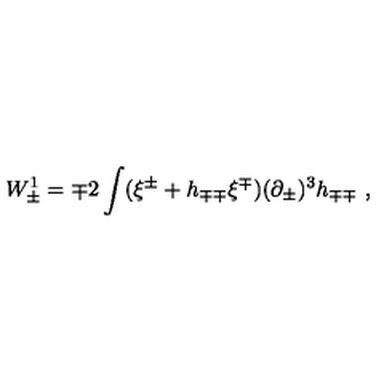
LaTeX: W _ { \pm } ^ { 1 } = \mp 2 \int ( \xi ^ { \pm } + h _ { \mp \mp } \xi ^ { \mp } ) ( \partial _ { \pm } ) ^ { 3 } h _ { \mp \mp } \ ,